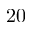
2 0